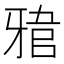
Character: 𤘎